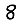
Digit: 8